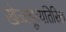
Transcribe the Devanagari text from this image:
खेळाडूंव्यतिरिक्त